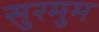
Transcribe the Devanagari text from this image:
सुरमुम